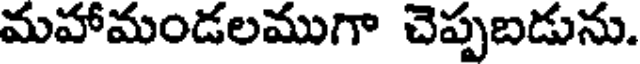
మహామండలముగా చెప్పబడును.